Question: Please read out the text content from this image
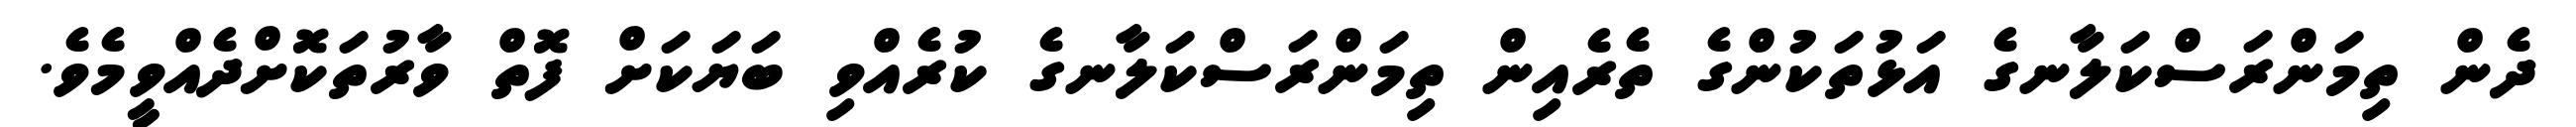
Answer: ދެން ތިމަންރަސްކަލާނގެ އަޅުތަކުންގެ ތެރެއިން ތިމަންރަސްކަލާނގެ ކުރެއްވި ބަޔަކަށް ފޮތް ވާރުތަކޮށްދެއްވީމެވެ.